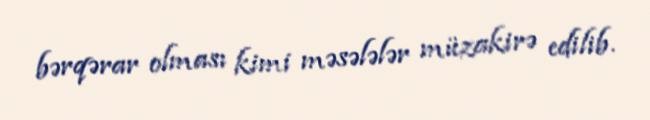
bərqərar olması kimi məsələlər müzakirə edilib.